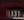
131